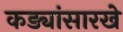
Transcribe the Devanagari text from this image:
कड्यांसारखे